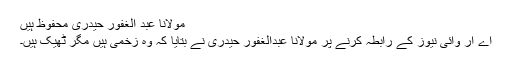
مولانا عبد الغفور حیدری محفوظ ہیں
اے آر وائی نیوز کے رابطہ کرنے پر مولانا عبدالغفور حیدری نے بتایا کہ وہ زخمی ہیں مگر ٹھیک ہیں۔